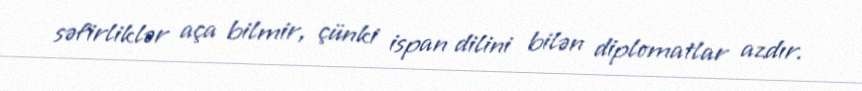
səfirliklər aça bilmir, çünki ispan dilini bilən diplomatlar azdır.